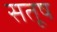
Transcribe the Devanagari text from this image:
सतूष